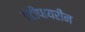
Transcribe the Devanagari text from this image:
ऐंटीपायरीन